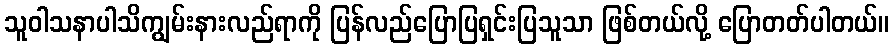
သူဝါသနာပါသိကျွမ်းနားလည်ရာကို ပြန်လည်ပြောပြရှင်းပြသူသာ ဖြစ်တယ်လို့ ပြောတတ်ပါတယ်။